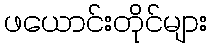
ဖယောင်းတိုင်များ